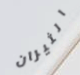
الثيران